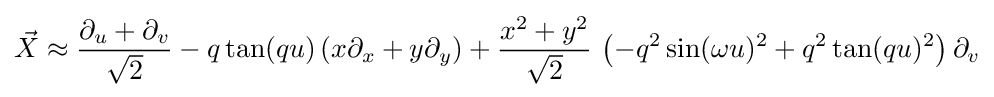
{\vec {X}}\approx {\frac {\partial _{u}+\partial _{v}}{\sqrt {2}}}-q\tan(qu)\left(x\partial _{x}+y\partial _{y}\right)+{\frac {x^{2}+y^{2}}{\sqrt {2}}}\,\left(-q^{2}\sin(\omega u)^{2}+q^{2}\tan(qu)^{2}\right)\partial _{v}